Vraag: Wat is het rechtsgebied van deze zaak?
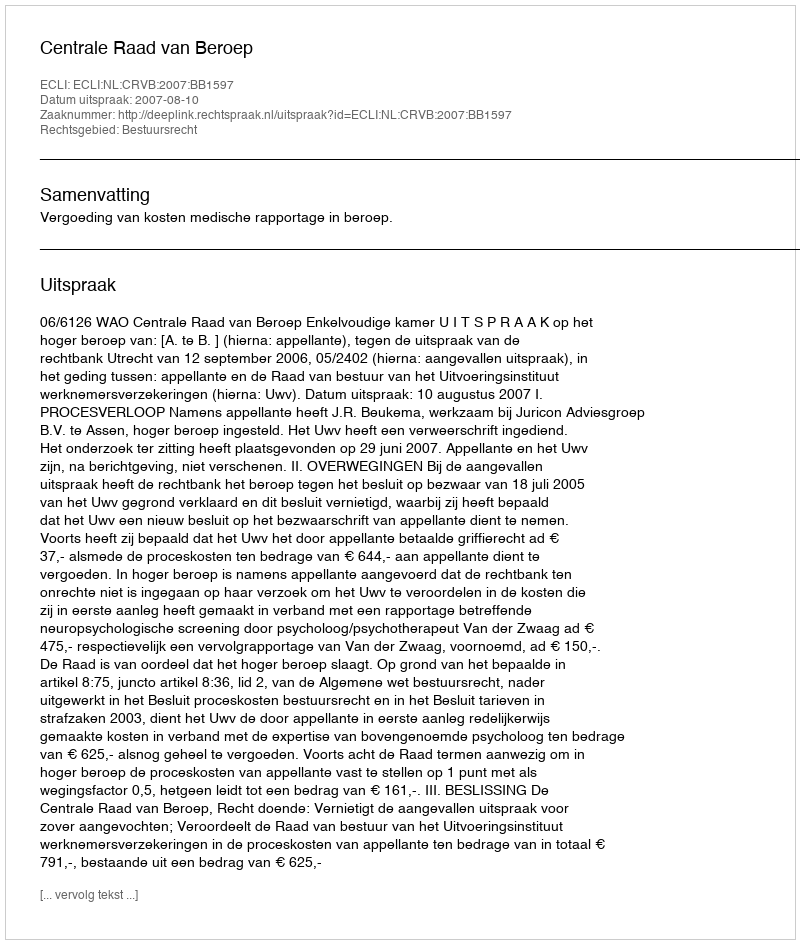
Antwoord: Bestuursrecht